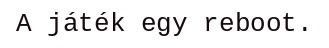
A játék egy reboot.